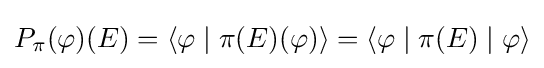
P_{\pi }(\varphi )(E)=\langle \varphi \mid \pi (E)(\varphi )\rangle =\langle \varphi \mid \pi (E)\mid \varphi \rangle